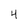
Character: 4